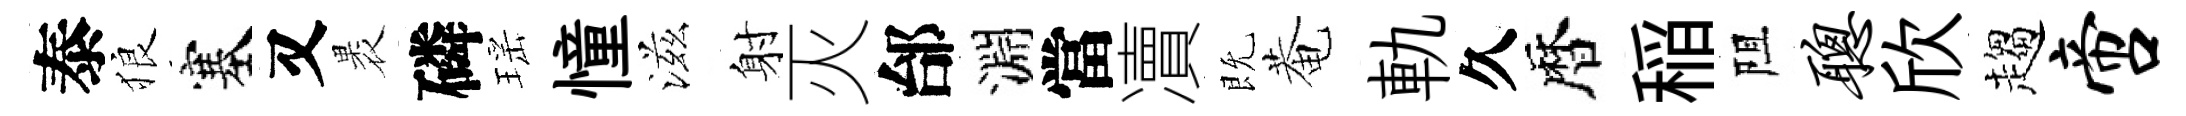
泰狼塞又褁磷瑶憧滋射灭邰淵當凟既菴軌久暦稲阻聪欣趨啻